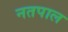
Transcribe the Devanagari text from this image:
नतपाल